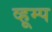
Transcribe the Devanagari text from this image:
व्हूम्प